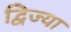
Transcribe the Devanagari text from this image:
द्विज्या